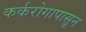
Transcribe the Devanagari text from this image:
कर्करोगापासून